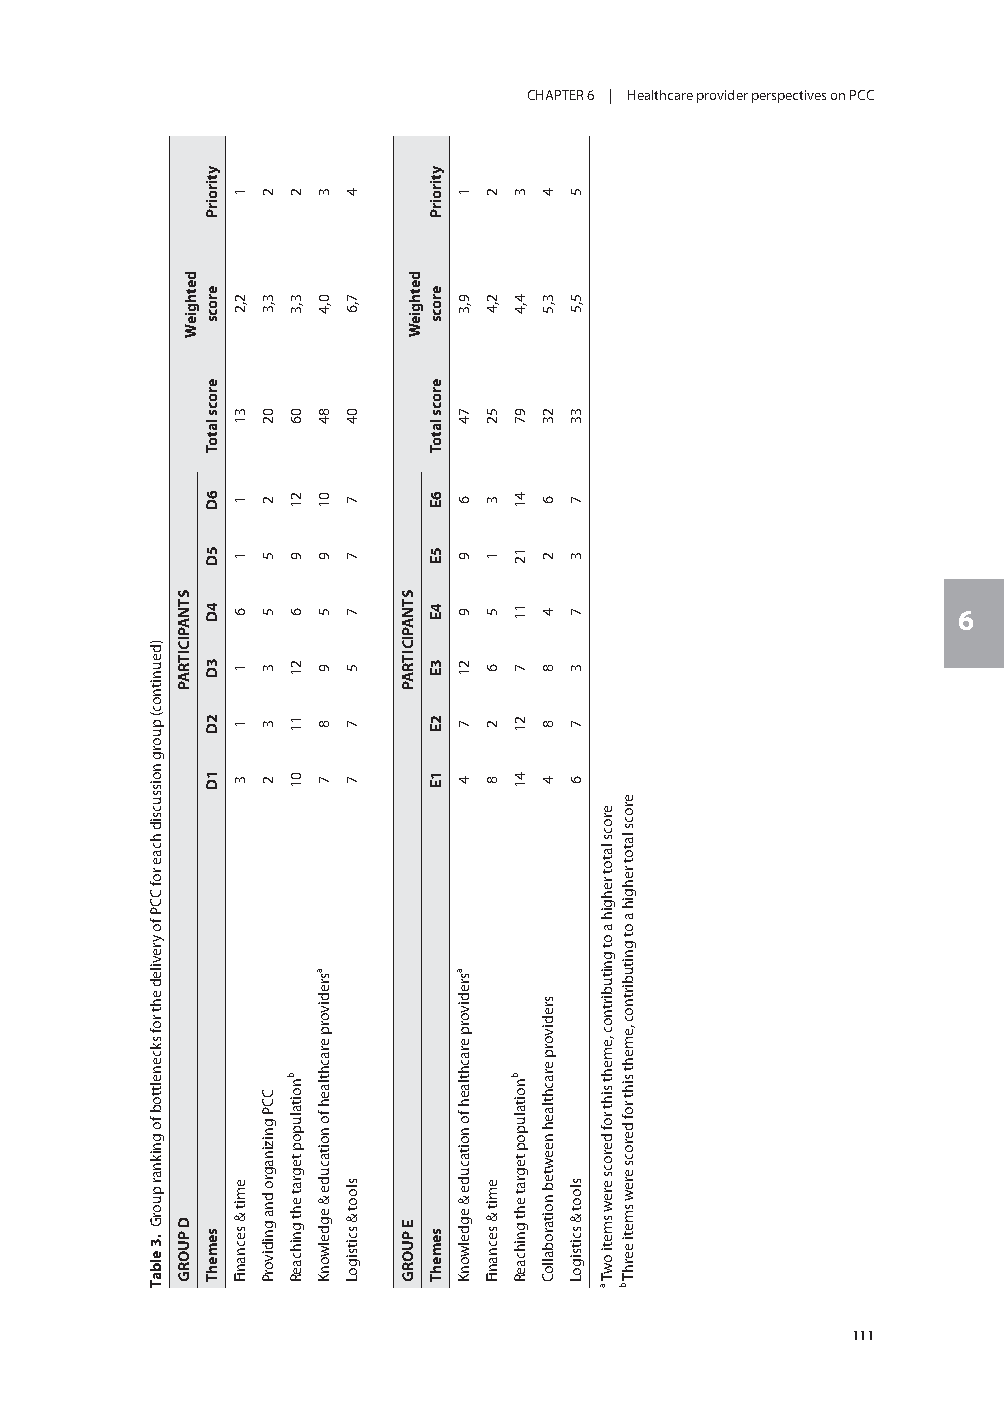
CHAPTER 6 | Healthcare provider perspectives on PCC
 6
 110                                                     111
 )deunitnoc(
 puorg
 noissucsid
 hcae
 rof
 CCP
 fo
 yreviled
 eht
 rof
 skcenelttob
 fo gniknar
 puorG
 .3
 elbaT
 STNAPICITRAP
 D PUORG
 dethgieW
 ytiroirP
 erocs
 erocs
 latoT
 6D
 5D
 4D
 3D
 2D
 1D
 semehT
 1
 2,2
 31
 1
 1
 6
 1
 1
 3
 emit
 & secnaniF
 2
 3,3
 02
 2
 5
 5
 3
 3
 2
 CCP
 gnizinagro
 dna
 gnidivorP
 2
 3,3
 06
 21
 9
 6
 21
 11
 01
 bnoitalupop
 tegrat
 eht
 gnihcaeR
 3
 0,4
 84
 01
 9
 5
 9
 8
 7
 asredivorp
 erachtlaeh
 fo noitacude
 &
 egdelwonK
 4
 7,6
 04
 7
 7
 7
 5
 7
 7
 sloot
 & scitsigoL
 STNAPICITRAP
 E PUORG
 dethgieW
 ytiroirP
 erocs
 erocs
 latoT
 6E
 5E
 4E
 3E
 2E
 1E
 semehT
 1
 9,3
 74
 6
 9
 9
 21
 7
 4
 asredivorp
 erachtlaeh
 fo noitacude
 &
 egdelwonK
 2
 2,4
 52
 3
 1
 5
 6
 2
 8
 emit
 & secnaniF
 3
 4,4
 97
 41
 12
 11
 7
 21
 41
 bnoitalupop
 tegrat
 eht
 gnihcaeR
 4
 3,5
 23
 6
 2
 4
 8
 8
 4
 sredivorp
 erachtlaeh
 neewteb
 noitaroballoC
 5
 5,5
 33
 7
 3
 7
 3
 7
 6
 sloot
 & scitsigoL
 erocs
 latot
 rehgih
 a
 ot
 gnitubirtnoc
 ,emeht
 siht
 rof derocs
 erew
 smeti
 owT
 a
 erocs
 latot
 rehgih
 a ot
 gnitubirtnoc
 ,emeht
 siht
 rof
 derocs
 erew
 smeti
 eerhT
 b